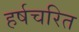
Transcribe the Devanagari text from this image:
हर्षचरित